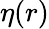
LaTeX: \eta(r)